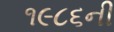
૧૯૮૬ની